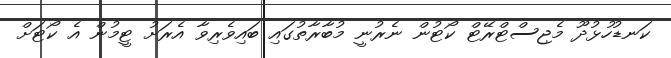
ކަނޑުހުޅުދޫ މެޖިސްޓްރޭޓް ކޯޓުން ނެރުނީ މުބާރާތުގައި ބައިވެރިވާ އެރަށު ޓީމުން އެ ކޯޓަށް